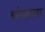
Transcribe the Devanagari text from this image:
संयतता